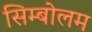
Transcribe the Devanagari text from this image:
सिम्बोलम